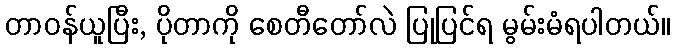
တာဝန်ယူပြီး, ပိုတာကို စေတီတော်လဲ ပြုပြင်ရ မွမ်းမံရပါတယ်။